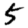
Digit: 5